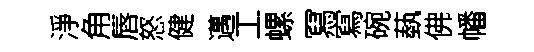
淨角唇怒健邁工螺冩寫碗蓺佛幡